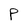
Character: P